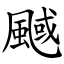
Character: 䬎